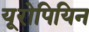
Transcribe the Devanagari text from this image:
यूरोपियिन